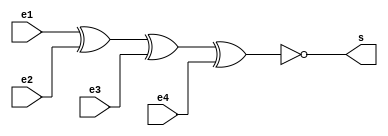
// Nome: Isabella de Paula Gonales
// Matrcula: 420120


module metodoxnor ( s,e1,e2,e3,e4 );

output s;
input e1,e2,e3,e4;

assign s = ( ~(e1^e2^e3^e4) );

endmodule

module testxnor;

reg e1,e2,e3,e4;
wire s;

metodoxnor XNOR1 ( s,e1,e2,e3,e4 );

initial begin: start
       e1=0; e2=0; e3=0; e4=0;
		 
end

initial begin: main
   $display (" ( ~(e1^e2^e3^e4) )");
#1 $display (" %b | %b | %b | %b = %b ", e1,e2,e3,e4,s ); 

#1 e1=0; e2=0; e3=0; e4=1; 
#1 $display (" %b | %b | %b | %b = %b ", e1,e2,e3,e4,s);

#1 e1=0; e2=0; e3=1; e4=0;
#1 $display (" %b | %b | %b | %b = %b ", e1,e2,e3,e4,s);

#1 e1=0; e2=0; e3=1; e4=1;
#1 $display (" %b | %b | %b | %b = %b ", e1,e2,e3,e4,s);

#1  e1=0; e2=1; e3=0; e4=0;
#1  $display (" %b | %b | %b | %b = %b ", e1,e2,e3,e4,s);

#1  e1=0; e2=1; e3=0; e4=1;
#1  $display (" %b | %b | %b | %b = %b ", e1,e2,e3,e4,s);

#1  e1=0; e2=1; e3=1; e4=0;
#1  $display (" %b | %b | %b | %b = %b ", e1,e2,e3,e4,s);

#1  e1=0; e2=1; e3=1; e4=1;
#1  $display (" %b | %b | %b | %b = %b ", e1,e2,e3,e4,s);

#1  e1=1; e2=0; e3=0; e4=0;
#1  $display (" %b | %b | %b | %b = %b ", e1,e2,e3,e4,s);

#1  e1=1; e2=0; e3=0; e4=1;
#1  $display (" %b | %b | %b | %b = %b ", e1,e2,e3,e4,s);

#1  e1=1; e2=0; e3=1; e4=0;
#1  $display (" %b | %b | %b | %b = %b ", e1,e2,e3,e4,s);

#1  e1=1; e2=0; e3=1; e4=1;
#1  $display (" %b | %b | %b | %b = %b ", e1,e2,e3,e4,s);

#1  e1=1; e2=1; e3=0; e4=0;
#1  $display (" %b | %b | %b | %b = %b ", e1,e2,e3,e4,s);

#1  e1=1; e2=1; e3=0; e4=1;
#1  $display (" %b | %b | %b | %b = %b ", e1,e2,e3,e4,s);

#1  e1=1; e2=1; e3=0; e4=1;
#1  $display (" %b | %b | %b | %b = %b ", e1,e2,e3,e4,s);

#1  e1=1; e2=1; e3=1; e4=0;
#1  $display (" %b | %b | %b | %b = %b ", e1,e2,e3,e4,s);

#1  e1=1; e2=1; e3=1; e4=1;
#1  $display (" %b | %b | %b | %b = %b ", e1,e2,e3,e4,s);


end

endmodule


/* Registrando os Resultados
  
     ( ~(e1^e2^e3^e4) )
     0 | 0 | 0 | 0 = 1 
     0 | 0 | 0 | 1 = 0 
     0 | 0 | 1 | 0 = 0 
     0 | 0 | 1 | 1 = 1 
     0 | 1 | 0 | 0 = 0 
     0 | 1 | 0 | 1 = 1 
     0 | 1 | 1 | 0 = 1 
     0 | 1 | 1 | 1 = 0 
     1 | 0 | 0 | 0 = 0 
     1 | 0 | 0 | 1 = 1 
     1 | 0 | 1 | 0 = 1 
     1 | 0 | 1 | 1 = 0 
     1 | 1 | 0 | 0 = 1 
     1 | 1 | 0 | 1 = 0 
     1 | 1 | 0 | 1 = 0 
     1 | 1 | 1 | 0 = 0 
     1 | 1 | 1 | 1 = 1 
    
     ----jGRASP: operation complete.
    
*/